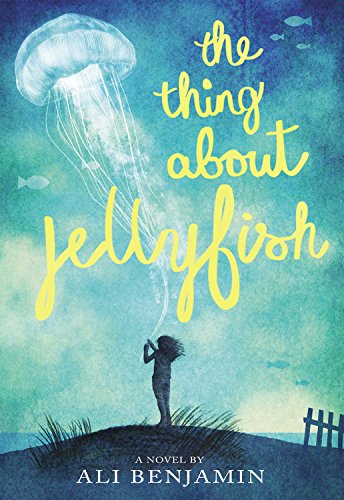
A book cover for The Thing About Jellyfish; Ali Benjamin; Children's Books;